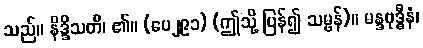
သည်။ နိဒ္ဒိသတိ၊ ၏။ (ပေ၂၉၁) (ဤသို့ ပြန်၍ သမ္ဗန်)။ မန္ဒဗုဒ္ဓီနံ၊